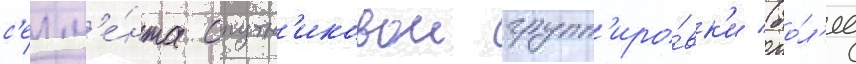
с'егм'е́нта спутн'иковои групп'иро́вк'и (бо́л'ее